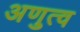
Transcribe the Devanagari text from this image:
अणुत्व